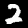
Label: 2